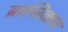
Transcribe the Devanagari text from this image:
ब्रासिकम